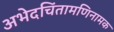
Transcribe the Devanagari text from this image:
अभेदचिंतामणिनामक